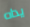
يداه